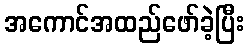
အကောင်အထည်ဖော်ခဲ့ပြီး